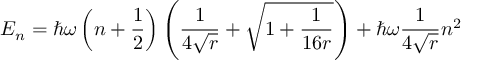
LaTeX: E _ { n } = \hbar \omega \left( n + \frac { 1 } { 2 } \right) \left( \frac { 1 } { 4 \sqrt { r } } + \sqrt { 1 + \frac { 1 } { 1 6 r } } \right) + \hbar \omega \frac { 1 } { 4 \sqrt { r } } n ^ { 2 }